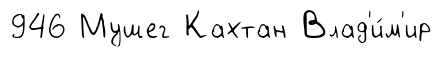
946 Мушег Кахтан Влад'и́м'ир